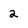
Character: 2